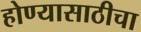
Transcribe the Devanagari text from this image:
होण्यासाठीचा